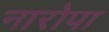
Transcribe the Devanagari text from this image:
नारोपा